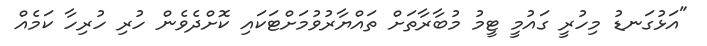
"އަޅުގަނޑު މިހުރީ ގައުމީ ޓީމު މުބާރާތަށް ތައްޔާރުވުމަށްޓަކައި ކޮށްދެވެން ހުރި ހުރިހާ ކަމެއް